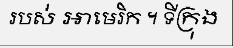
របស់ អាមេរិក ។ ទីក្រុង